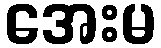
အေးမ